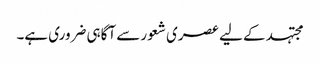
مجتہد کے لیے عصری شعور سے آگاہی ضروری ہے۔